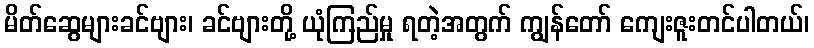
မိတ်ဆွေများခင်ဗျား၊ ခင်ဗျားတို့ ယုံကြည်မှု ရတဲ့အတွက် ကျွန်တော် ကျေးဇူးတင်ပါတယ်၊